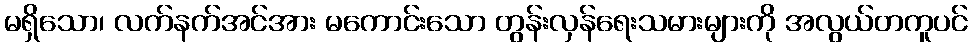
မရှိသော၊ လက်နက်အင်အား မကောင်းသော တွန်းလှန်ရေးသမားများကို အလွယ်တကူပင်